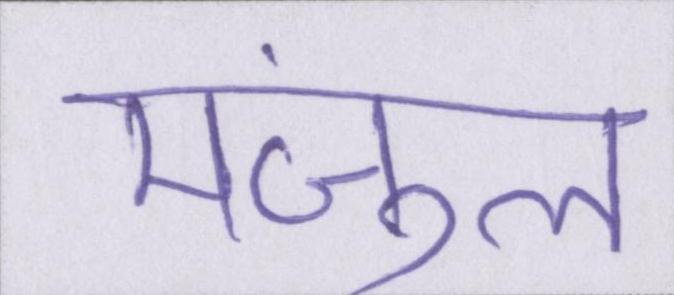
मंजुल